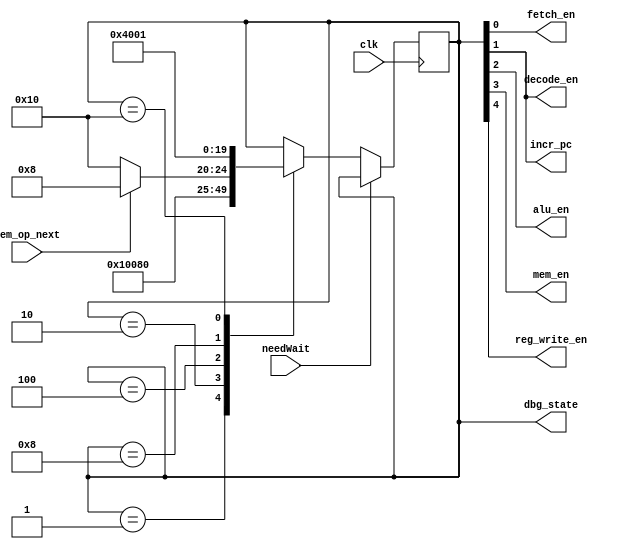
module control_unit (
	input clk,
	
	input needWait,
	input mem_op_next,

	output fetch_en,
	output decode_en,
	output alu_en,
	output mem_en,
	output reg_write_en,
	
	output incr_pc,
	
	output [9:0] dbg_state
);

	localparam FETCH = 10'h1;
	localparam DECODE = 10'h2;
	localparam ALU = 10'h4;
	localparam MEM = 10'h8;
	localparam REG_WRITE = 10'h10;

	reg [9:0] current_state;
	
	initial begin
		current_state = FETCH;
	end
	
	assign fetch_en = current_state[0];
	assign decode_en = current_state[1];
	assign alu_en = current_state[2];
	assign mem_en = current_state[3];
	assign reg_write_en = current_state[4];

	assign incr_pc = current_state[1];
	
	always @(posedge clk) begin
		if(!needWait) begin
			case(current_state)
				FETCH: current_state <= DECODE;
				DECODE: current_state <= ALU;
				ALU: current_state <= mem_op_next ? MEM : REG_WRITE;
				MEM: current_state <= REG_WRITE;
				REG_WRITE: current_state <= FETCH;
			endcase
		end
	end
	
	assign dbg_state = current_state;
endmodule